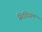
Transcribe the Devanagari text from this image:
सिडियल